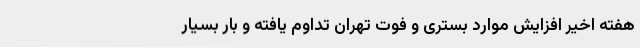
هفته اخیر افزایش موارد بستری و فوت تهران تداوم یافته و بار بسیار